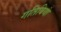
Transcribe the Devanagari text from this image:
गतिवियां